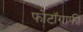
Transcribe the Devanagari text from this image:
फोटॉग्राफी